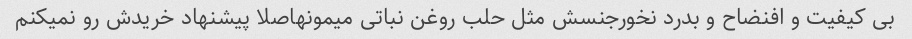
بی کیفیت و افنضاح و بدرد نخورجنسش مثل حلب روغن نباتی میمونهاصلا پیشنهاد خریدش رو نمیکنم